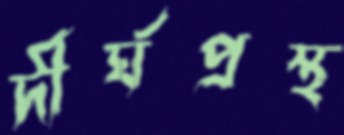
দীর্ঘপ্রস্থ